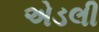
એડલી